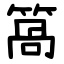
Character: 䈑